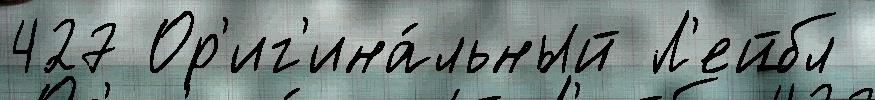
427 Ор'иг'ина́льный Л'ейбл